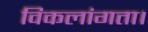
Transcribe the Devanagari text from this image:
विकलांगता।